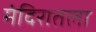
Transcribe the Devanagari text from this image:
मंदिरातला